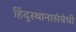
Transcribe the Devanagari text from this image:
हिंदुस्थानासंबंधी